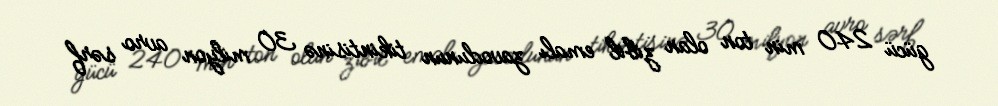
gücü 240 min ton olan zibil emalı zavodunun tikintisinə 30 milyon avro sərf